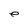
Character: e